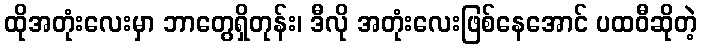
ထိုအတုံးလေးမှာ ဘာတွေရှိတုန်း၊ ဒီလို အတုံးလေးဖြစ်နေအောင် ပထဝီဆိုတဲ့